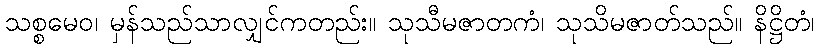
သစ္စမေဝ၊ မှန်သည်သာလျှင်ကတည်း။ သုသီမဇာတကံ၊ သုသိမဇာတ်သည်။ နိဋ္ဌိတံ၊